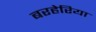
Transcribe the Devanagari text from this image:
बरहेरिया